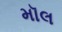
મૉલ